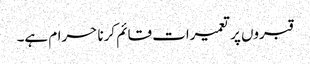
قبروں پر تعمیرات قائم کرنا حرام ہے۔